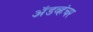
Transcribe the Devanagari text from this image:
ॲडव्हंचर